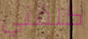
كلفني